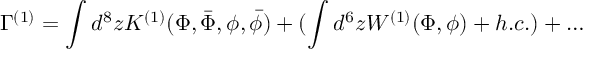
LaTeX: \Gamma ^ { ( 1 ) } = \int d ^ { 8 } z K ^ { ( 1 ) } ( \Phi , \bar { \Phi } , \phi , \bar { \phi } ) + ( \int d ^ { 6 } z W ^ { ( 1 ) } ( \Phi , \phi ) + h . c . ) + \ldots